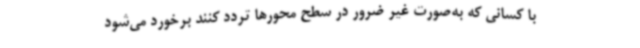
با کسانی که به‌صورت غیر ضرور در سطح محورها تردد کنند برخورد می‌شود